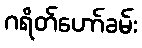
ဂရိတ်ဟော်ခမ်း